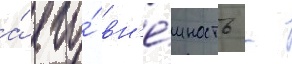
а́ его́ вн'е́шность -